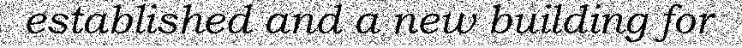
established and a new building for